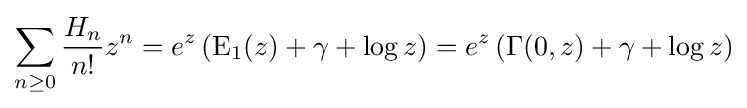
\sum _{n\geq 0}{\frac {H_{n}}{n!}}z^{n}=e^{z}\left({\mbox{E}}_{1}(z)+\gamma +\log z\right)=e^{z}\left(\Gamma (0,z)+\gamma +\log z\right)